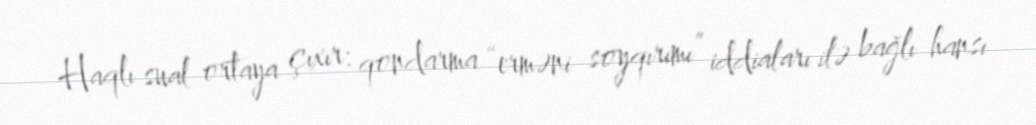
Haqlı sual ortaya çıxır: qondarma “erməni soyqırımı” iddiaları ilə bağlı hansı